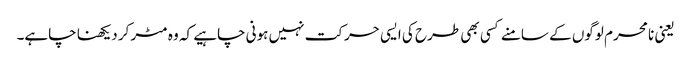
یعنی نا محرم لوگوں کے سامنے کسی بھی طرح کی ایسی حرکت نہیں ہونی چاہیے کہ وہ مٹر کر دیکھنا چاہے۔